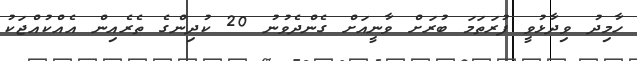
ހާމިދު ވިދާޅުވީ ފުރަތަމަ ބުރަށް ވާނީއަށް ގެންދެވުނު 20 ކުދިންގެ ތެރެއިން އެއްކުއްޖަކު